Report of the Hyderabad Chloroform Commission
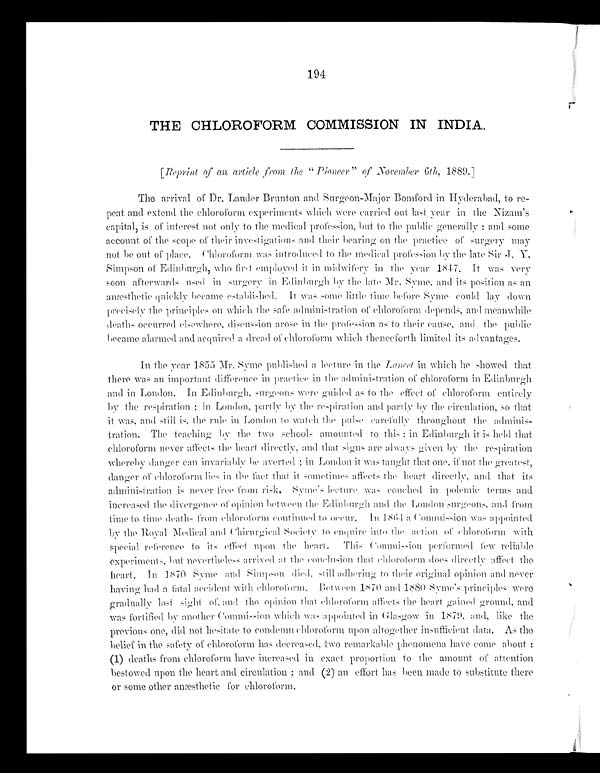
194
THE CHLOROFORM COMMISSION IN INDIA.
[Reprint of an article from the " pioneer" of November 6th 1889.]
The arrival of Dr. Lauder Brunton and Surgeon-Major Bomford in Hyderabad, to re
-peat and extend the chloroform experiments which were carried out last year in the Nizam's
capital, is of interest not only to the medical profession, but to the public generally : and some
account of the scope of their investigations and their bearing on the practice of surgery mar
not be out of place. Chloroform was introduced to the medical profession by the late Sir
J.Y.
Simpson of Edinburgh, who first employed it in midwifery in the year 1847.It was very
soon afterwards used in surger y in Edinburgh by the late Mr.Syme, and its position as an
anæthetic quickl y became established. Itw a s s o m e l i t t l e t i m e b e f o r e S y m e c o u ld
l a yd
o w n
precisely the principles on which the safe administration of chloroform depends, and meanwhile
deaths occurred elsewhere, discussion arose in the profession as to their cause, and the public
became alarmed and acquired a dread of chloroform which thenceforth limited its advantages.
In the year 1855 Mr. Syme published a lecture in the Lancel in which he showed that
there was an important difference in practice in the administration of chloroform in Edinburgh
and in London. In Edinburgh, surgeons were guided as to the effect of chloroform entirely
by the respiration ; in London, par t ly by the respiration and partly by the circulation, so that
it was, and s t i l l i s , t he r ul e i n London t ow a t c h t h e p u l s ec
a r e f u l l y t h r o u g h o u t t h e
adminis
-tration. The teaching by the two schools amounted to this : in Edinburgh it is held that
chloroform never affects the heart directly, and that signs are always g iven b y the respiration
whereby danger can invariably be averted ; in London it was taught that one, if not the greatest,
danger of chloroform lies in the fact that it sometimes affects the heart directly, and that its
administration is never free from risk. S yme's lecture wa s couched in polemic terms and
increased the divergence of opinion between the Edinburgh and the London surgeons, and from
time to time deaths from chloroform
c o n t i n u e d t o o c c u r .
I n
1864 a Commission was
a p p o i n t e d b y t h e R o
y a l
M e d i c a l a n d C h i r u r g i c a l S o c i e t y t o e n q u i r e i n t o t h e a c t i o n o f c h l o r o f o r m w i t h
special reference to its effect upon the heart. T h i s C o m m i s s i o n p e r f o r m e d f e w r e l i a b l e
experiments, but neverthel e ss arrived a t t he conclusion t hat chloroform does directly affect the
heart. In I870 Syme and Simpson died still adhering to their original opinion a nd never
having had a fatal accident with chloroform. Between 1870 and1880 Syme's principles were
graduall y lost sight of, and the Opinion that chloroform affects the heart gained ground, and
was fortified by another Commission which was appointed in Glasgow in 1879, and, like the
previous one, did not hesitate to condemn chloroform upon altogether insufficient data. As the
belief in the safet y of chloroform has decreased, two remarkable phenomena have come about
:(1) deaths from chloroform have increased in exact proportion to the amount of attention
bestowed upon the heart and circulation; and (2) an effort has been made to substitute there
or some other anæsthetic for chloroform.